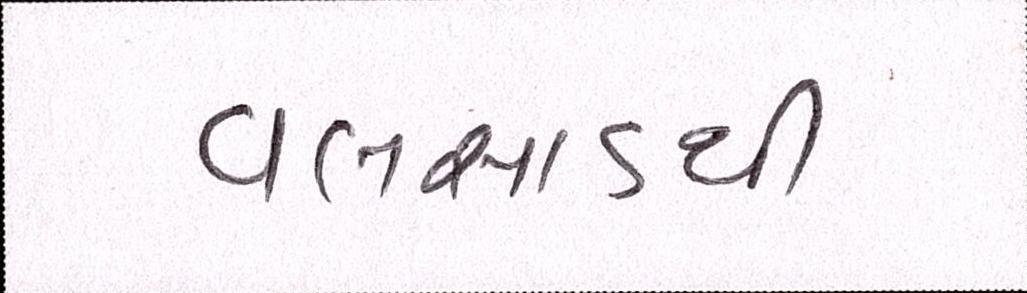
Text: વલસાડથી